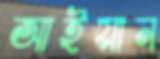
আইয়ান